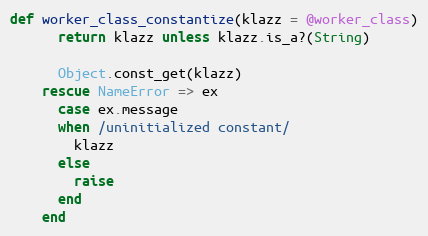
Language: Ruby
def worker_class_constantize(klazz = @worker_class)
      return klazz unless klazz.is_a?(String)

      Object.const_get(klazz)
    rescue NameError => ex
      case ex.message
      when /uninitialized constant/
        klazz
      else
        raise
      end
    end